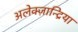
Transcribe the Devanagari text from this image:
अलेक्ज़ान्द्रिया